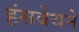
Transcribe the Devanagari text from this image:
हंसबेथने